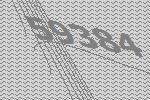
59384